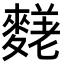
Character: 𪍙